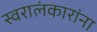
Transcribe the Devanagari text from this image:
स्वरालंकारांना